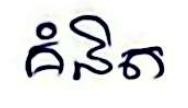
គិនិត